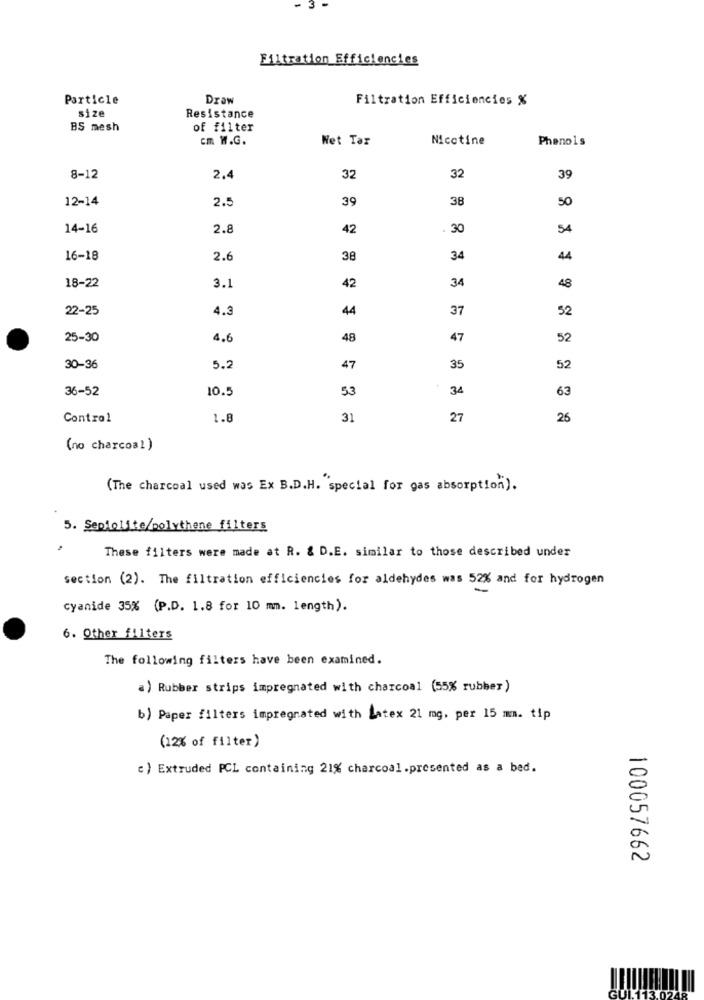
Filtration Efficiencies
Particle
Draw
Filtration Efficiencies %
size
Resistance
BS mesh
of filter
cm W.G.
Wet Tar
Nicotine
Phenols
8-12
2.4
32
32
39
12-14
2.5
39
38
50
14-16
2.8
42
. 30
54
16-18
2.6
38
34
44
34
18-22
3.1
42
48
22-25
4.3
44
37
52
25-30
4.6
48
47
52
30-36
5.2
47
35
52
36-52
10.5
53
34
63
Control
1.8
31
27
26
(no charcoal)
(The charcoal used was Ex B.D.H. special for gas absorption).
5. Septolite/polythene filters
These filters were made at R. & D.E. similar to those described under
section (2). The filtration efficiencies for aldehydes was 52% and for hydrogen
cyanide 35% (P.D. 1.8 for 10 mm. length).
6. Other filters
The following filters have been examined.
a) Rubber strips impregnated with charcoal (55% rubber)
b) Paper filters impregnated with Latex 21 mg. per 15 mm. tip
(12% of filter)
c) Extruded PCL containing 21% charcoal.presented as a bed.
100057662
GUL13.0248